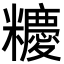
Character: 𥽝